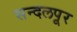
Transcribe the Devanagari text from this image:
सन्दलपूर